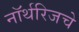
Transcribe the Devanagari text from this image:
नॉर्थरिजचे